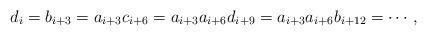
LaTeX: \begin{align*}d_i=b_{i+3}=a_{i+3}c_{i+6}=a_{i+3}a_{i+6}d_{i+9}=a_{i+3}a_{i+6}b_{i+12}=\cdots,\end{align*}